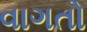
વાગતો